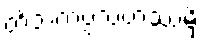
တိံသကပ္ပသဟဿမှိ